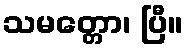
သမတ္တော၊ ပြီ။